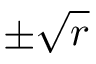
\pm \sqrt { r }